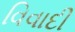
વિવાદી